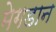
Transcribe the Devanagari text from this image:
मेगडान